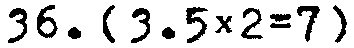
36. {3.5×2=7}